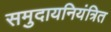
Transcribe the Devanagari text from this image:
समुदायनियंत्रित